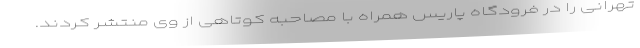
تهرانی را در فرودگاه پاریس همراه با مصاحبه کوتاهی از وی منتشر کردند.